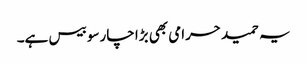
یہ حمید حرامی بھی بڑا چارسو بیس ہے۔